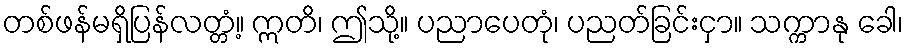
တစ်ဖန်မရှိပြန်လတ္တံ့။ ဣတိ၊ ဤသို့။ ပညာပေတုံ၊ ပညတ်ခြင်းငှာ။ သက္ကာနု ခေါ၊